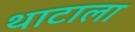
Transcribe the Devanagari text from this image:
थाटाला